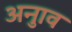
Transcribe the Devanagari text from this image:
अनुाव